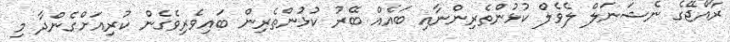
ރާއްޖޭގެ ނެޝަނަލް ލެވެލް ކުޅުންތެރިންނާއި ބައެއް ބޭރު ކުޅުންތެރިން ބައިވެރިވެގެން ކުރިއަށްގެންދާ މި